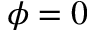
\phi = 0